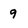
Character: 9